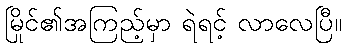
မြိုင်၏အကြည့်မှာ ရဲရင့် လာလေပြီ။